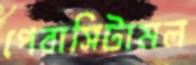
পেরাসিটামল